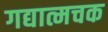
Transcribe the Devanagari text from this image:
गद्यात्मचक